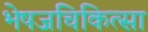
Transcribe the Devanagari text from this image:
भेषजचिकित्सा